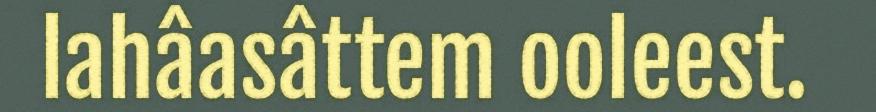
lahâasâttem ooleest.